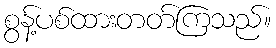
စွန့်ပစ်ထားတတ်ကြသည်။